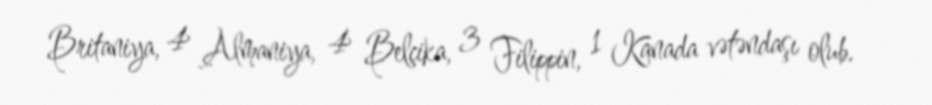
Britaniya, 4 Almaniya, 4 Belçika, 3 Filippin, 1 Kanada vətəndaşı olub.